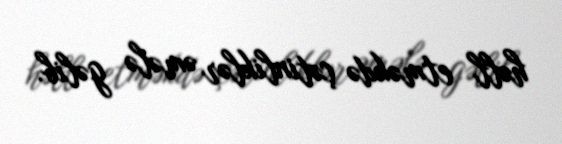
həll etməkdə çətinliklər əmələ gəlib.